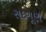
સદગૂણ